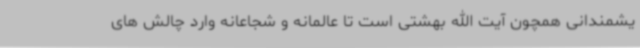
یشمندانی همچون آیت الله بهشتی است تا عالمانه و شجاعانه وارد چالش های